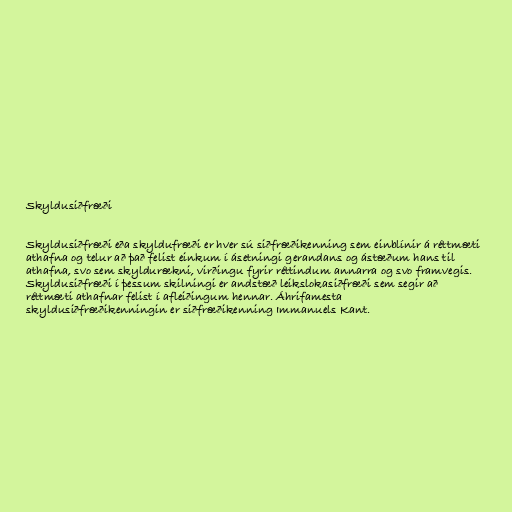
Skyldusiðfræði

Skyldusiðfræði eða skyldufræði er hver sú siðfræðikenning sem einblínir á réttmæti
athafna og telur að það felist einkum í ásetningi gerandans og ástæðum hans til
athafna, svo sem skyldurækni, virðingu fyrir réttindum annarra og svo framvegis.
Skyldusiðfræði í þessum skilningi er andstæð leikslokasiðfræði sem segir að
réttmæti athafnar felist í afleiðingum hennar. Áhrifamesta
skyldusiðfræðikenningin er siðfræðikenning Immanuels Kant.